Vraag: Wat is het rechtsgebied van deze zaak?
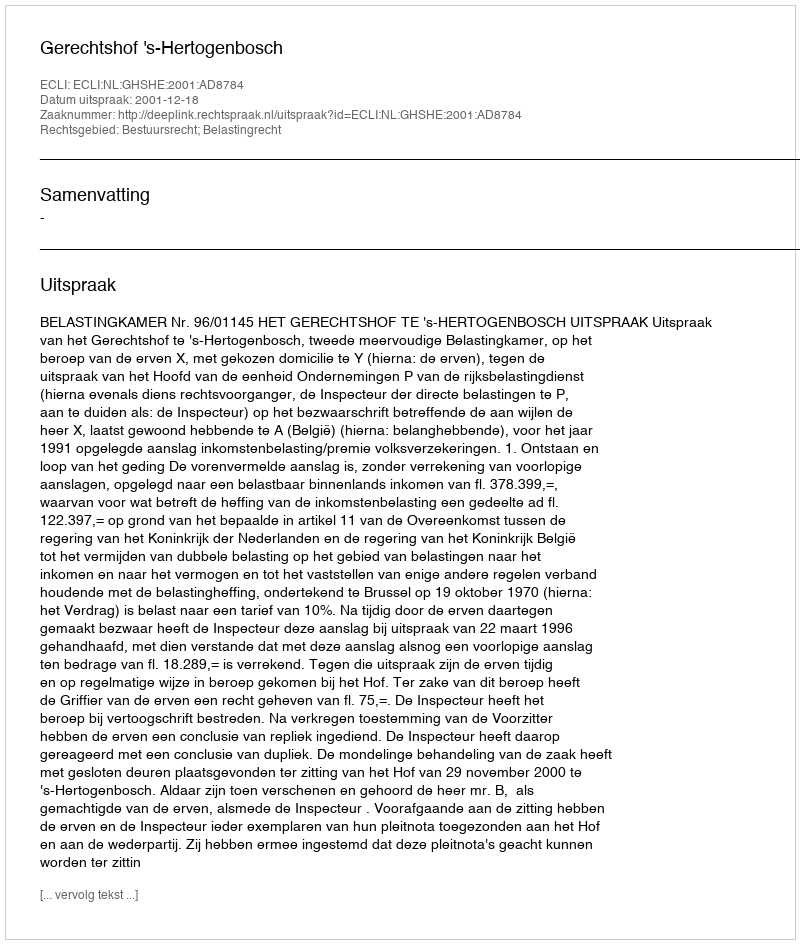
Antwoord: Bestuursrecht; Belastingrecht